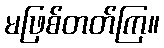
မဖြစ်တတ်ကြ။